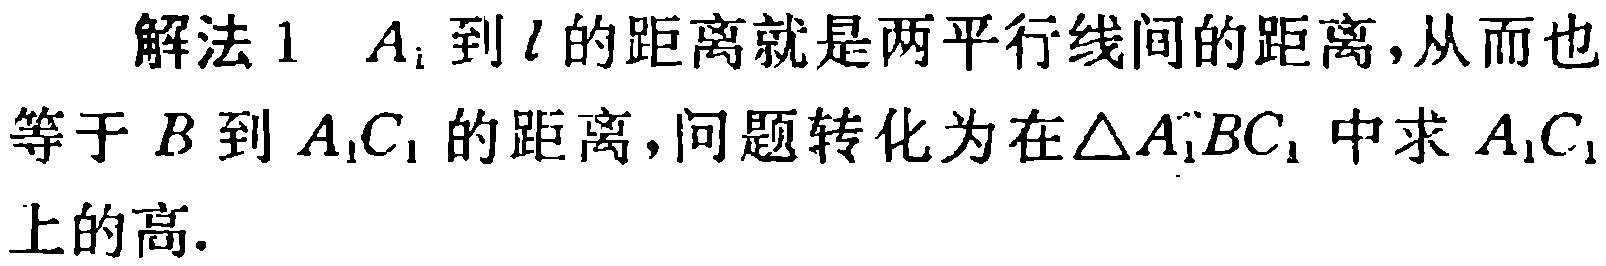
解法 1 \(A_{1}\)到\(l\)的距离就是两平行线间的距离，从而也等于\(B\)到\(A_{1}C_{1}\)的距离，问题转化为在\(\triangle A_{1}BC_{1}\)中求\(A_{1}C_{1}\)上的高.